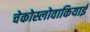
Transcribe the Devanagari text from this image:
चेकोस्लोवाकियाई